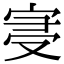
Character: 𡨞